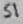
Text: S1